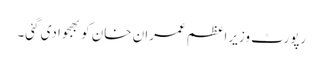
رپورٹ وزیراعظم عمران خان کو بھجوادی گئی۔